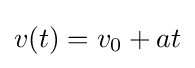
v(t)=v_{0}+at